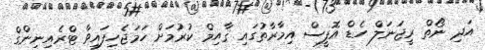
އަދި ނޯތް ރީޖަނަލް ހެޑް އޮފީސް އިމާރާތުގައި ޤާއިމް ކުރުމަށް ހަމަޖެހިފައިވާ ޓްރެއިނިންގް